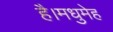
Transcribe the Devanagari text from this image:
है।मधुमेह